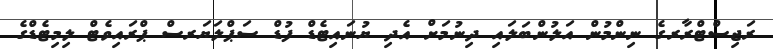
ރަޖިސްޓްރާރގެ ނިންމުން އަލުންބަލައި ދިނުމަށް އެދި ޔުނައިޓެޑް ފުޑް ސަޕްލަޔަރސް ޕްރައިވެޓް ލިމިޓެޑްގެ